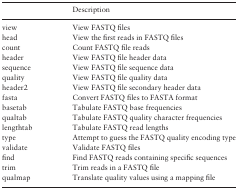
<table><thead><tr><td></td><td><b>Description</b></td></tr></thead><tbody><tr><td>view</td><td>View FASTQ files</td></tr><tr><td>head</td><td>View the first reads in FASTQ files</td></tr><tr><td>count</td><td>Count FASTQ file reads</td></tr><tr><td>header</td><td>View FASTQ file header data</td></tr><tr><td>sequence</td><td>View FASTQ file sequence data</td></tr><tr><td>quality</td><td>View FASTQ file quality data</td></tr><tr><td>header2</td><td>View FASTQ file secondary header data</td></tr><tr><td>fasta</td><td>Convert FASTQ files to FASTA format</td></tr><tr><td>basetab</td><td>Tabulate FASTQ base frequencies</td></tr><tr><td>qualtab</td><td>Tabulate FASTQ quality character frequencies</td></tr><tr><td>lengthtab</td><td>Tabulate FASTQ read lengths</td></tr><tr><td>type</td><td>Attempt to guess the FASTQ quality encoding type</td></tr><tr><td>validate</td><td>Validate FASTQ files</td></tr><tr><td>find</td><td>Find FASTQ reads containing specific sequences</td></tr><tr><td>trim</td><td>Trim reads in a FASTQ file</td></tr><tr><td>qualmap</td><td>Translate quality values using a mapping file</td></tr></tbody></table>